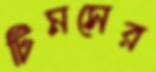
টিমসের